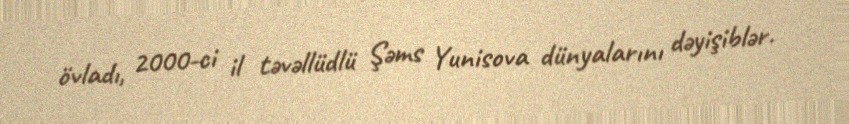
övladı, 2000-ci il təvəllüdlü Şəms Yunisova dünyalarını dəyişiblər.